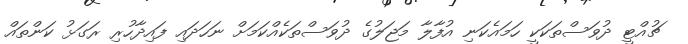
ޗުއްޓީ ދުވަސްތަކަކީ ހަމައެކަނި އުފާލާ މަޖަލުގެ ދުވަސްތަކެއްކަމަށް ނަހަދައި ފައިދާހުރި ރަގަޅު ކަންތައް